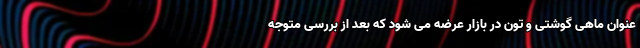
عنوان ماهی گوشتی و تون در بازار عرضه می شود که بعد از بررسی متوجه